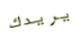
يريدك